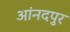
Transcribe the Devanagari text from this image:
आंनदपुर